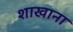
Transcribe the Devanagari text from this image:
शाखाना